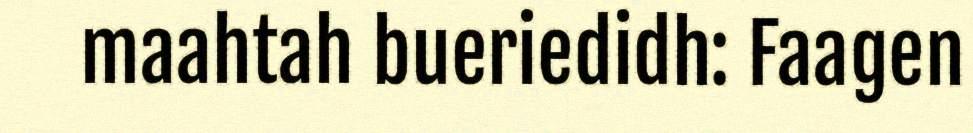
maahtah bueriedidh: Faagen